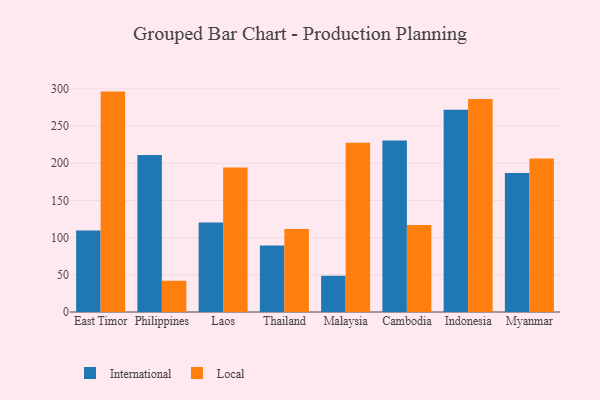
{"axis": {"x": "Country", "y": "Production Output"}, "legend": ["International", "Local"], "data": [{"x": "East Timor", "y": 109.7, "type": "International"}, {"x": "East Timor", "y": 296.3, "type": "Local"}, {"x": "Philippines", "y": 211.1, "type": "International"}, {"x": "Philippines", "y": 42.0, "type": "Local"}, {"x": "Laos", "y": 120.4, "type": "International"}, {"x": "Laos", "y": 194.3, "type": "Local"}, {"x": "Thailand", "y": 89.3, "type": "International"}, {"x": "Thailand", "y": 111.6, "type": "Local"}, {"x": "Malaysia", "y": 48.8, "type": "International"}, {"x": "Malaysia", "y": 227.5, "type": "Local"}, {"x": "Cambodia", "y": 230.7, "type": "International"}, {"x": "Cambodia", "y": 116.8, "type": "Local"}, {"x": "Indonesia", "y": 271.8, "type": "International"}, {"x": "Indonesia", "y": 286.5, "type": "Local"}, {"x": "Myanmar", "y": 187.0, "type": "International"}, {"x": "Myanmar", "y": 206.4, "type": "Local"}]}